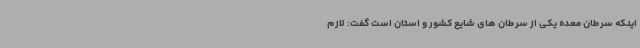
اینکه سرطان معده یکی از سرطان های شایع کشور و استان است گفت: لازم